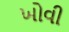
ખોવી